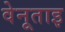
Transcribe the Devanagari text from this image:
वेनूताइ